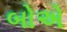
બોએ